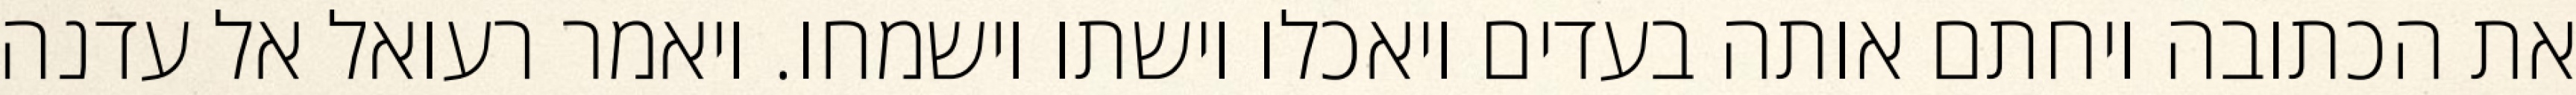
את הכתובה ויחתם אותה בעדים ויאכלו וישתו וישמחו. ויאמר רעואל אל עדנה